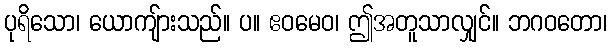
ပုရိသော၊ ယောကျ်ားသည်။ ပ။ ဧဝမေဝ၊ ဤအတူသာလျှင်။ ဘဂဝတော၊